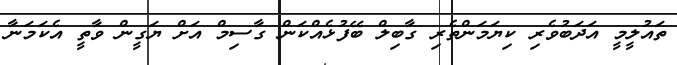
ތައުލީމީ އަދަބުވެރި ކިޔަމަންތެރި ގާބިލް ބޭފުޅެއްކަން ގާސިމް އަށް ޔަގީން ވާތީ އެކަމަނާ